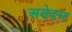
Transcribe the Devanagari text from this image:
अवेदन